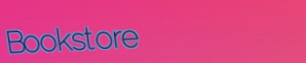
Bookstore